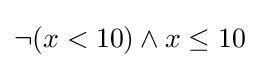
\lnot (x<10)\land x\leq 10